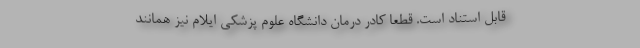
قابل استناد است. قطعاً کادر درمان دانشگاه علوم پزشکی ایلام نیز همانند